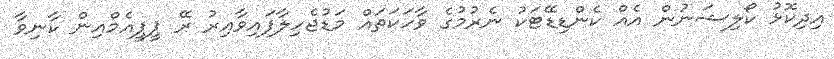
އިދިކޮޅު ކޯލިޝަނުން އެއް ކެންޑިޑޭޓަކު ނެރުމުގެ ވާހަކަތައް މަޑުޖެހިލާފައިވާއިރު ރޭ ޕީޕީއެމްއިން ކާނިވާ